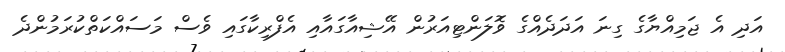
އަދި އެ ޖަމިއްޔާގެ ގިނަ އަދަދެއްގެ ވޮލަންޓިއަރުން އޭޝިއާގައާއި އެފްރިކާގައި ވެސް މަސައްކަތްކުރަމުންދެ